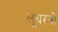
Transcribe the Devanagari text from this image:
लूथरनों